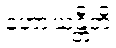
နဟာယန္တီတိ